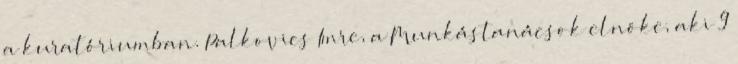
a kuratóriumban. Palkovics Imre, a Munkástanácsok elnöke, aki 9